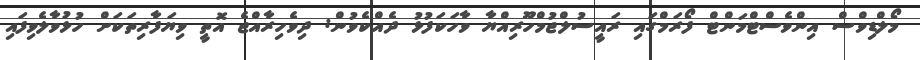
މޯލްޑިވްސް އިންވެސްޓްމަންޓް ފޯރަމްގައި ރައީސުލްޖުމްހޫރިއްޔާ ވާހަކަފުޅު ދެއްކެވުން: ދިވެހިރާއްޖެ އޮތީ ވިޔަފާރިތަކަށް ހުޅުވާލެވިފައި